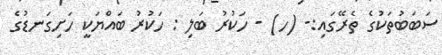
ސަބަބުތަކުގެ ތެރޭގައި:- (ހ) - ހަކުރު ބަލި : ހަކުރު ބައްޔަކީ ހަށިގަނޑުގެ